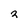
Character: 3